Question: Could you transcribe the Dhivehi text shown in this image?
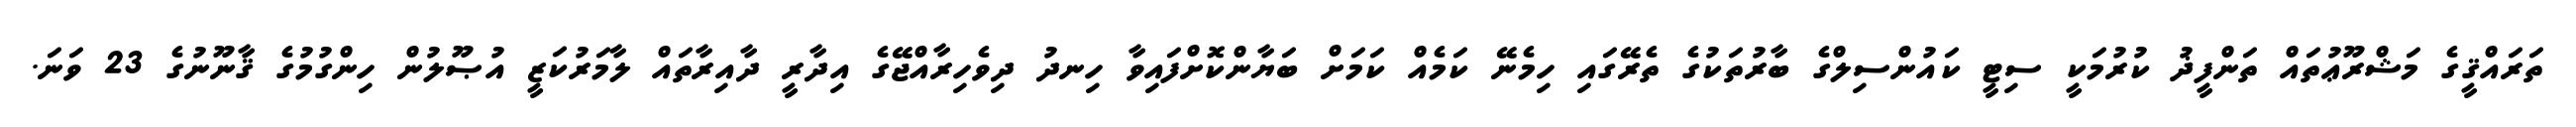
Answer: ތަރައްޤީގެ މަޝްރޫޢުތައް ތަންފީޛު ކުރުމަކީ ސިޓީ ކައުންސިލްގެ ބާރުތަކުގެ ތެރޭގައި ހިމެނޭ ކަމެއް ކަމަށް ބަޔާންކޮށްފައިވާ ހިނދު ދިވެހިރާއްޖޭގެ އިދާރީ ދާއިރާތައް ލާމަރުކަޒީ އުޞޫލުން ހިންގުމުގެ ޤާނޫނުގެ 23 ވަނަ.